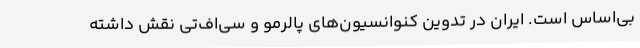
بی‌اساس است. ایران در تدوین کنوانسیون‌های پالرمو و سی‌اف‌تی نقش داشته